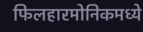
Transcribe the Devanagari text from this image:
फिलहारमोनिकमध्ये